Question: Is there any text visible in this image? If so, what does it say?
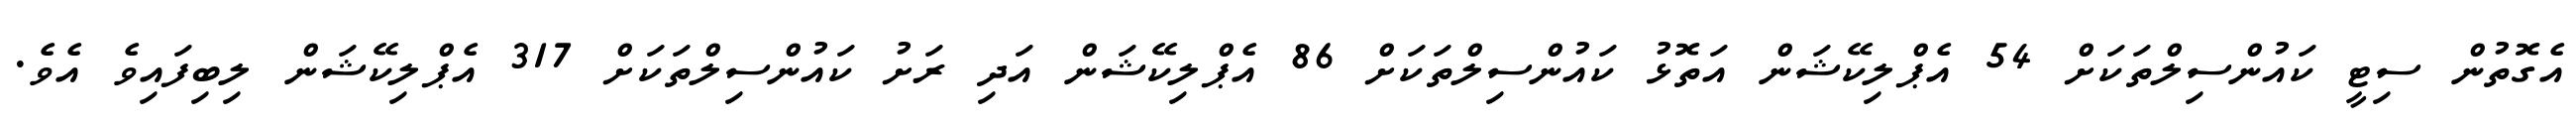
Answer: އެގޮތުން ސިޓީ ކައުންސިލްތަކަށް 54 އެޕްލިކޭޝަން އަތޮޅު ކައުންސިލްތަކަށް 86 އެޕްލިކޭޝަން އަދި ރަށު ކައުންސިލްތަކަށް 317 އެޕްލިކޭޝަން ލިބިފައިވެ އެވެ.